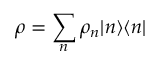
\rho = \sum _ { n } \rho _ { n } | n \rangle \langle n |